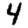
Digit: 4